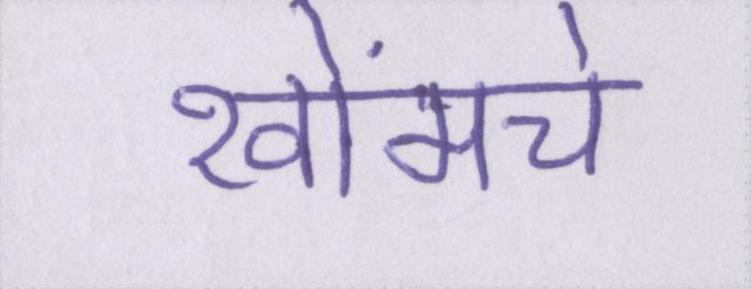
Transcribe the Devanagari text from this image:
खोंमचे